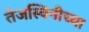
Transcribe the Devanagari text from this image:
तेजस्विनीच्या